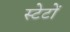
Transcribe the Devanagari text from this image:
स्टेटों